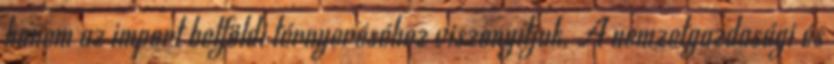
hanem az import belföldi térnyeréséhez viszonyítjuk. A nemzetgazdasági és